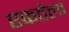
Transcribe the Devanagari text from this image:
एकतेला